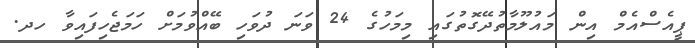
ޕީއެސްއެމް އިން މައުލޫމާތުދޭގޮތުގައި މިމަހުގެ 24 ވަނަ ދުވަހި ބޭއްވުމަށް ހަމަޖެހިފައިވާ ހދ.